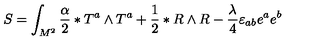
S = \int _ { M ^ { 2 } } ^ { } { \frac { \alpha } { 2 } } \ast T ^ { a } \wedge T ^ { a } + { \frac { 1 } { 2 } } \ast R \wedge R - { \frac { \lambda ^ { } } { 4 } } \varepsilon _ { a b } e ^ { a } e ^ { b }